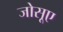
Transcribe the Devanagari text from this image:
जोसूए